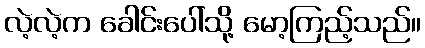
လဲ့လဲ့က ခေါင်းပေါ်သို့ မော့ကြည့်သည်။